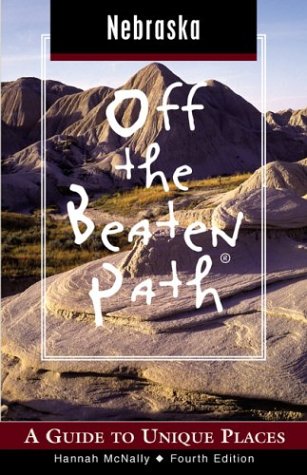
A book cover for Nebraska Off the Beaten Path, 4th: A Guide to Unique Places (Off the Beaten Path Series); Hannah McNally; Travel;